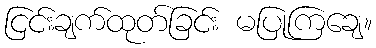
ငြင်းချက်ထုတ်ခြင်း မပြုကြချေ။